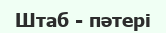
Штаб - пәтері